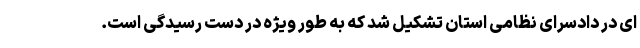
ای در دادسرای نظامی استان تشکیل شد که به طور ویژه در دست رسیدگی است.